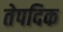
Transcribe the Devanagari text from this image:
तेपदिक